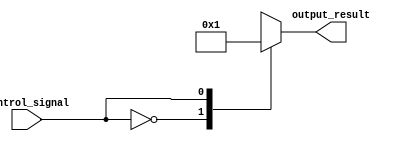
module full_case_statement (
    input wire control_signal,
    output reg [3:0] output_result
);

always @* begin
    case (control_signal)
        4'b0000: output_result = 4'b0000; // Action for control signal 0000
        4'b0001: output_result = 4'b0001; // Action for control signal 0001
        4'b0010: output_result = 4'b0010; // Action for control signal 0010
        4'b0011: output_result = 4'b0011; // Action for control signal 0011
        // Add more cases as needed

        default: output_result = 4'b1111; // Default action
    endcase
end

endmodule